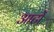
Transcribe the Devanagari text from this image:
आटों